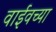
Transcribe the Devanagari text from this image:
वाईवच्या